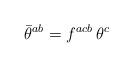
LaTeX: \begin{align*}\bar\theta^{ab}=f^{acb}\,\theta^c\end{align*}